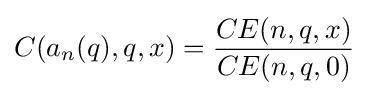
C(a_{n}(q),q,x)={\frac {CE(n,q,x)}{CE(n,q,0)}}